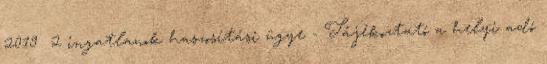
2019 2 ingatlanok haszosítási ügye - Tájékoztató a helyi adó